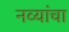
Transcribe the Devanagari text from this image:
नव्यांचा